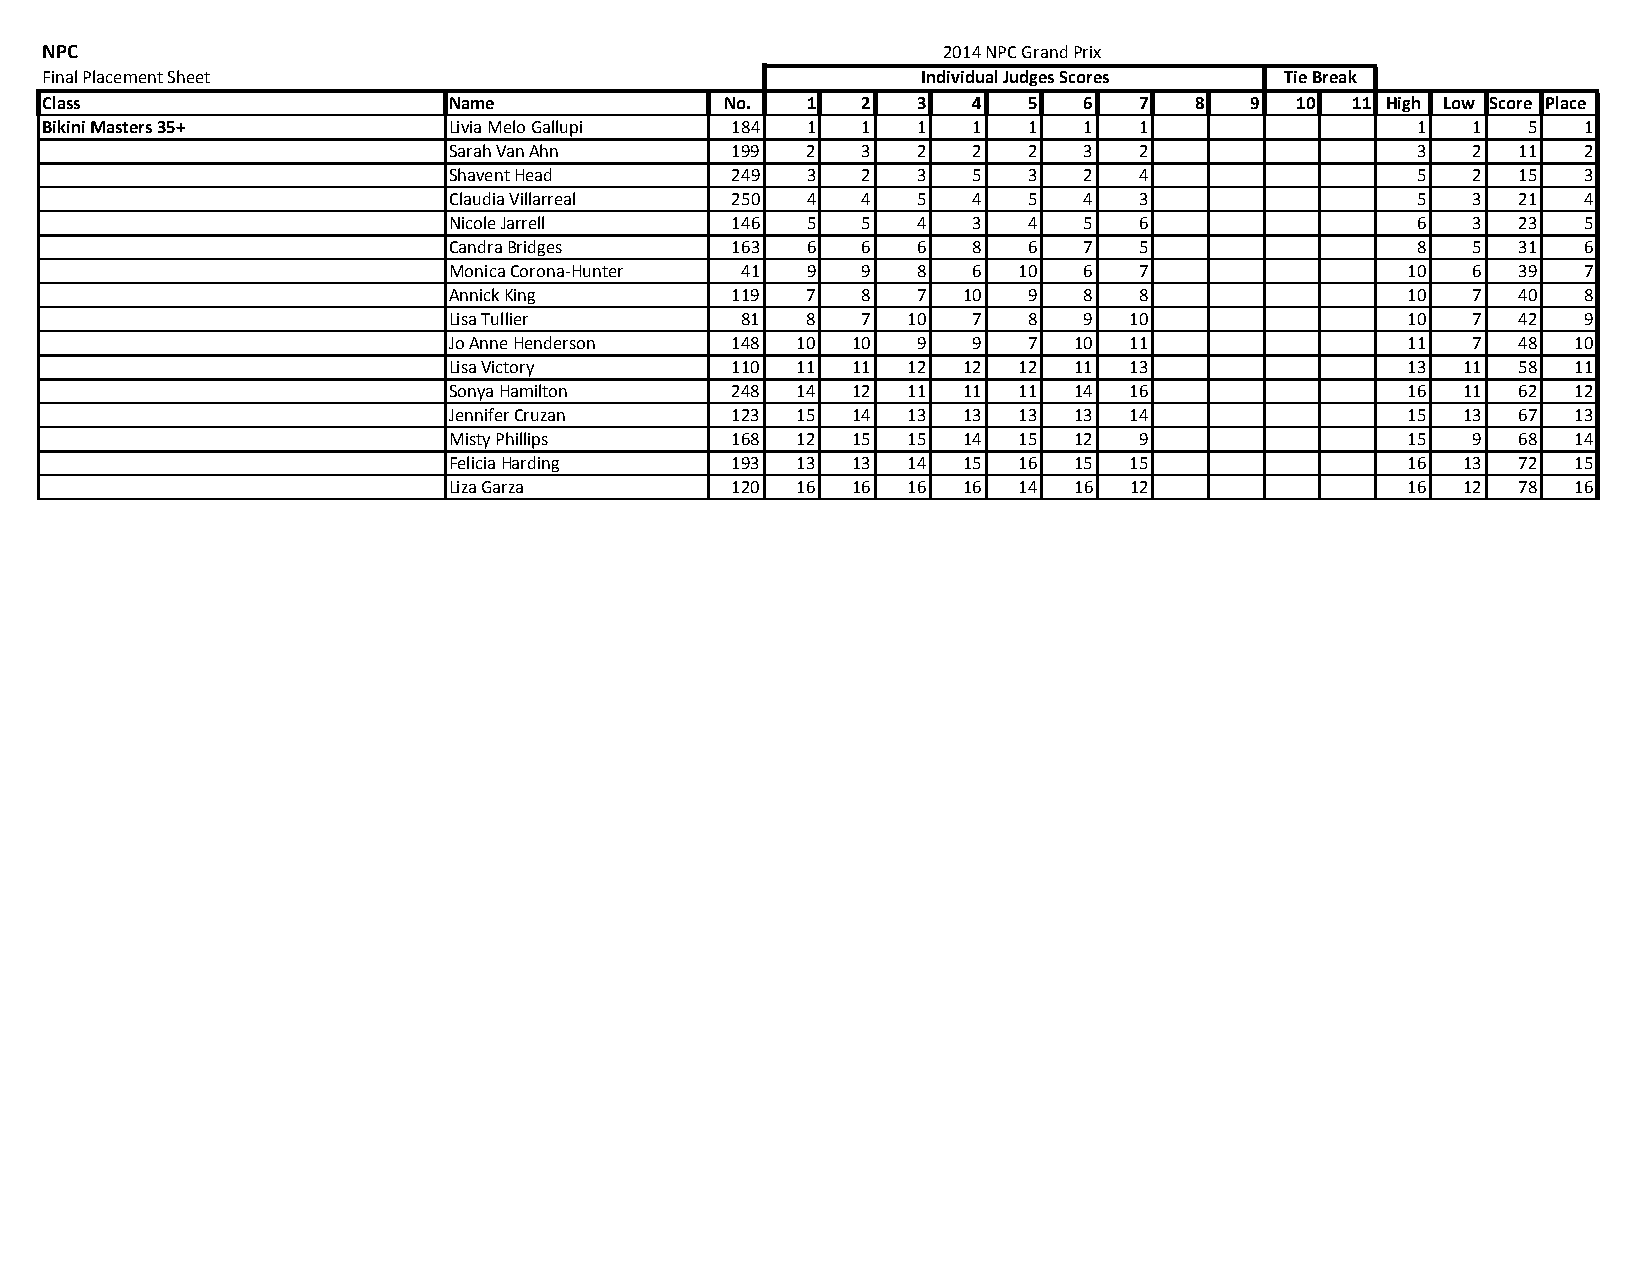
NPC                                                        2014 NPC Grand Prix
 Final Placement Sheet                                     Individual Judges Scores Tie Break
 Class                      Name              No.  1   2   3  4   5   6  7   8   9  10 11 High Low Score Place
 Bikini Masters 35+         Livia Melo Gallupi 184 1   1   1  1   1   1  1                  1  1   5   1
 Sarah Van Ahn     199  2   3   2  2   2   3  2                  3  2   11  2
 Shavent Head      249  3   2   3  5   3   2  4                  5  2   15  3
 Claudia Villarreal 250 4   4   5  4   5   4  3                  5  3   21  4
 Nicole Jarrell    146  5   5   4  3   4   5  6                  6  3   23  5
 Candra Bridges    163  6   6   6  8   6   7  5                  8  5   31  6
 Monica Corona‐Hunter 41 9  9   8  6  10   6  7                 10  6   39  7
 Annick King       119  7   8   7  10  9   8  8                 10  7   40  8
 Lisa Tullier       81  8   7  10  7   8   9  10                10  7   42  9
 Jo Anne Henderson 148  10 10   9  9   7  10  11                11  7   48 10
 Lisa Victory      110  11 11  12  12 12  11  13                13  11  58 11
 Sonya Hamilton    248  14 12  11  11 11  14  16                16  11  62 12
 Jennifer Cruzan   123  15 14  13  13 13  13  14                15  13  67 13
 Misty Phillips    168  12 15  15  14 15  12  9                 15  9   68 14
 Felicia Harding   193  13 13  14  15 16  15  15                16  13  72 15
 Liza Garza        120  16 16  16  16 14  16  12                16  12  78 16